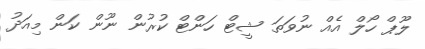
ލޫޕް ހޯލް އެއް ނުވަތަ ޝީޓް ހަންޓް ކުރުން ނޫން ކަން މިއަދު